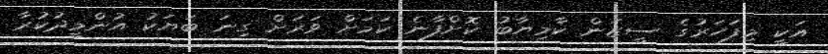
އަކީ މިފަހަރުގެ ސީޒަން ކާމިޔާބު ކޮށްފާނެ ކަމަށް ވަރަށް ގިނަ ބަޔަކު އުންމީދުކުރާ